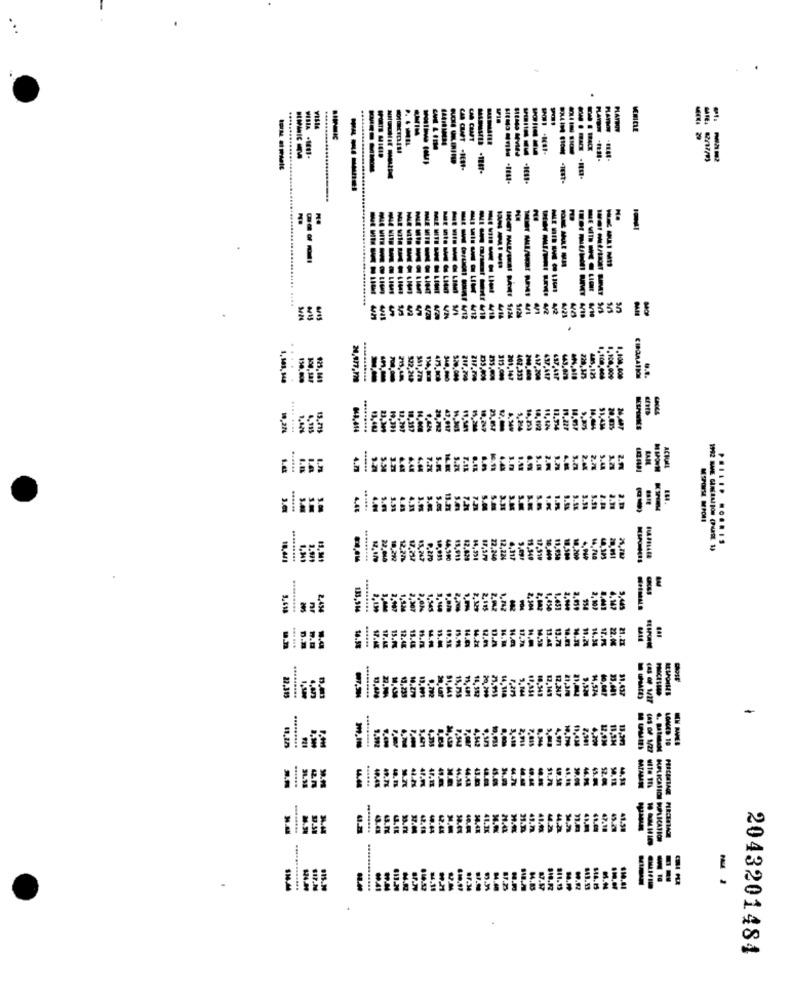
...
VILIA
VEHICLE
CHA CHAFT
VISIA ·11-
----
.............
CAB CLAPT .TENT-
.TEET-
---- I
MITH
--
---
----
Litin
------
---- -
----
-----
$5
V2
55
4/18
414
5/24
1/24
150.000
351.77
D3.404
313.000
4,125
1.100,00
1.100,000
CIRCAATKO
19,20
4.935
13.715
848,414
23.301
10-117
43.917
14,501
15.244
10.247
23.057
5.244
10,12%
11.934
19.227
51.434
7.7%
5.2%
7.11
6.9%
2.78
ACHALL
4.0
1.31
4.41
4.11
3.9
13.23
7.21
5.00
3.38
3.M
3.98
5.91
...... ... RIS
18.441
1.341
1.971
19. M1
.........
22.010
10,21
12.77
17.217
11,247
P.2PD
44.500
15.915
14,391
72.240
12,224
4,917
15.340
17.519
11,930
10,200
4.949
84.718
20,011
........
2.434
2,307
1,345
3,160
2.529
2,904
1.451
2,10)
3,445
16.5%
17.68
17.45
15.14
12.44
15.48
49.9%
14.2%
12.01
0.8
17.78
13.44
13.74
14.01
14.38
22.00
21.27
.........
13,239
31,437
22.313
9.792
51,441
20.200
14,148
12,141
12.247
1,574
33,001
7.615
4.971
19.434
2.301
11.3M
(AS Of 1/27
LONGED 19
49.58
44-48
43.00
A.7%
11.7%
uite In
4.21
42.44
41.2X
41.7
44.28
47.18
41.58
40.44
911.90
19.41
8/1.95
$14.41
2043201484